Scottish Certificate of Education, 1963
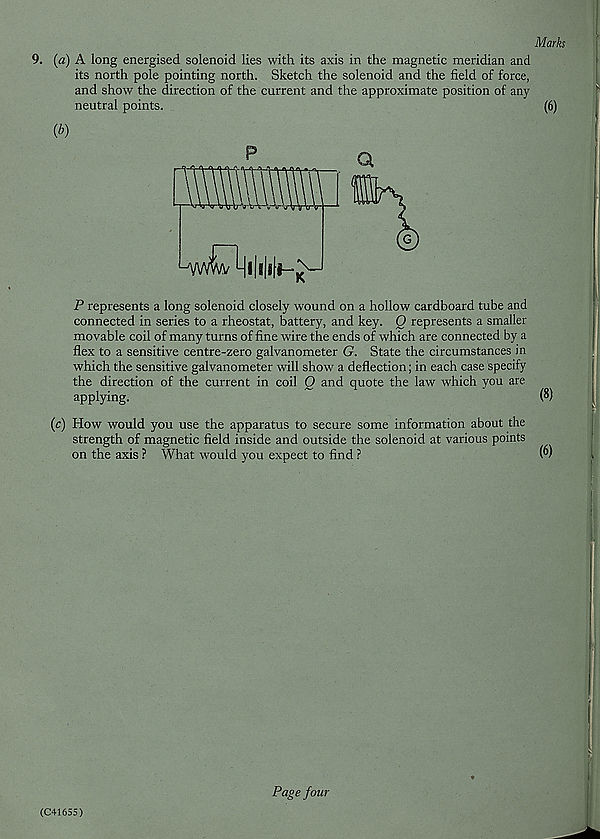
9. {a) A long energised solenoid lies with its axis in the magnetic meridian and
its north pole pointing north. Sketch the solenoid and the field of force,
and show the direction of the current and the approximate position of any
neutral points.
P represents a long solenoid closely wound on a hollow cardboard tube and
connected in series to a rheostat, battery, and key. Q represents a smaller
movable coil of many turns of fine wire the ends of which are connected by a
flex to a sensitive centre-zero galvanometer G. State the circumstances in
which the sensitive galvanometer will show a deflection; in each case specify
the direction of the current in coil O and quote the law which you are
applying.
(c) How would you use the apparatus to secure some information about the
strength of magnetic field inside and outside the solenoid at various points
on the axis ? What would you expect to find ?
(C41655)
Page four